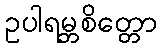
ဥပါရမ္ဘစိတ္တော